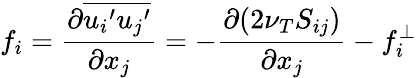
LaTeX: f_{i}=\frac{\partial\overline{{{u_{i}}^{\prime}{u_{j}}^{\prime}}}}{\partial x_{j}}=-\frac{\partial(2\nu_{T}S_{ij})}{\partial x_{j}}-f_{i}^{\perp}